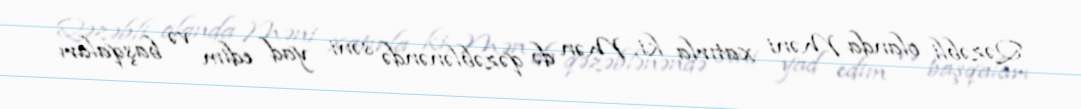
Qəzəbli olanda Məni xatırla ki, Mən də qəzəblənəndə səni yad edim və başqaları